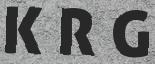
K R G